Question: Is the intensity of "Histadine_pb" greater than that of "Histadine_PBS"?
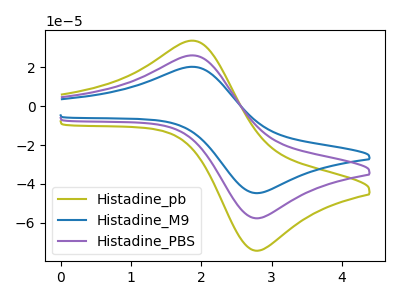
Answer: <think>The olive curve "Histadine_pb" has an anodic peak at (1.90V, 33.80uA) and a cathodic peak at (2.75V, -74.50uA). The blue curve "Histadine_M9" has an anodic peak at (1.90V, 52.45uA) and a cathodic peak at (2.75V, -115.55uA). The purple curve "Histadine_PBS" has an anodic peak at (1.90V, 26.20uA) and a cathodic peak at (2.75V, -57.80uA).
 All the peaks in "Histadine_pb" have a peak in "Histadine_PBS" at the same potential. Every peak in "Histadine_pb" is higher than every peak in "Histadine_PBS".</think>
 <answer>"Histadine_pb" has more signal than "Histadine_PBS".</answer>
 <eval>more_signal</eval>